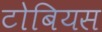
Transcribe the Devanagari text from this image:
टोबियस